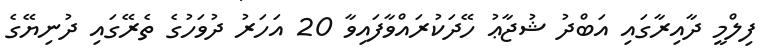
ފިލްމީ ދާއިރާގައި އަބްދު ޝުޖާޢު ހޭދަކުރައްވާފައިވާ 20 އަހަރު ދުވަހުގެ ތެރޭގައި ދުނިޔޭގެ